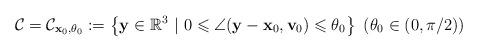
LaTeX: \begin{align*} {\mathcal C}={\mathcal C}_{\mathbf{x}_0,\theta_0}:= \left\{\mathbf{y} \in \mathbb R^3 ~|~0\leqslant \angle(\mathbf y-\mathbf{x}_0,\mathbf{v}_0)\leqslant \theta_0\right \}\ (\theta_0 \in(0,\pi/2)) \end{align*}